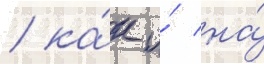
/ ка́к и́ на́